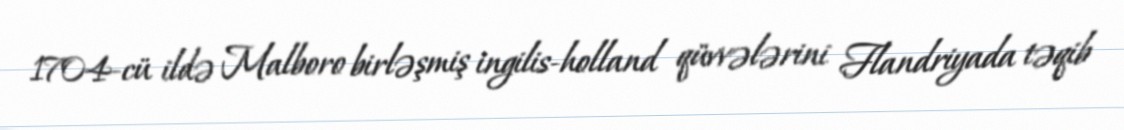
1704-cü ildə Malboro birləşmiş ingilis-holland qüvvələrini Flandriyada təqib